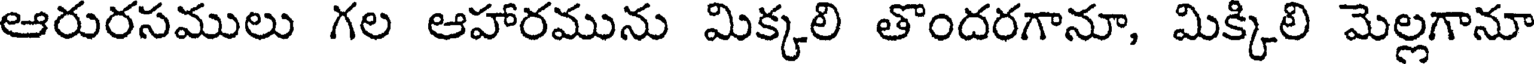
ఆరురసములు గల ఆహారమును మిక్కలి తొందరగానూ, మిక్కిలి మెల్లగానూ